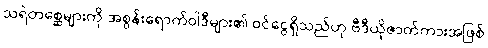
သရဲတစ္ဆေများကို အစွန်းရောက်ဝါဒီများ၏ ဝင်ငွေရှိသည်ဟု ဗီဒီယိုဇာတ်ကားအဖြစ်